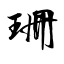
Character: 珊